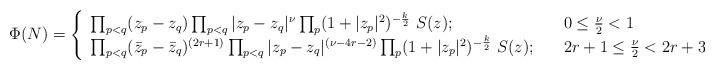
LaTeX: \begin{align*}\Phi (N) = \left \{ \begin{array}{ll}\prod_{p<q}(z_p - z_q)\prod_{p<q}|z_p - z_q|^\nu\prod_p (1+|z_p|^2)^{-{k \over 2}}\,\,S(z);& 0 \le {\nu \over 2}< 1 \\\prod_{p<q}(\bar z_p - \bar z_q)^{(2r+1)}\prod_{p<q}|z_p - z_q|^{(\nu-4r -2)}\prod_p (1+|z_p|^2)^{-{k \over 2}}\,\,S(z); \quad& 2r+1 \le {\nu \over 2}< 2r +3\end{array}\right.\end{align*}